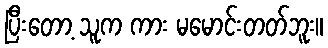
ပြီးတော့ သူက ကား မမောင်းတတ်ဘူး။